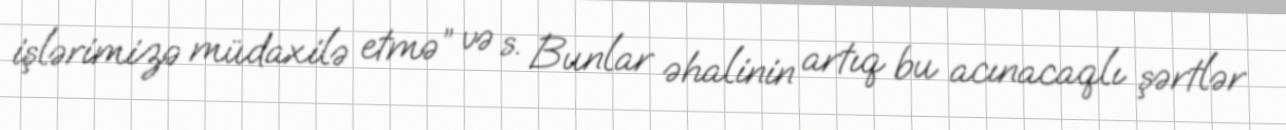
işlərimizə müdaxilə etmə” və s. Bunlar əhalinin artıq bu acınacaqlı şərtlər